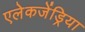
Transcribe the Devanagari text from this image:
एलेकजेंड्रिया